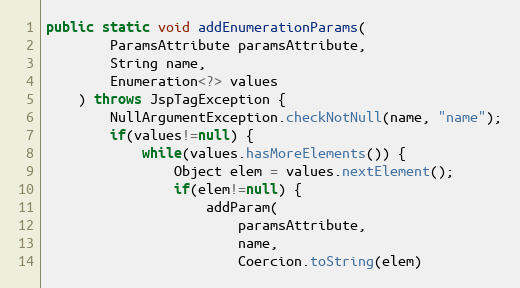
Language: Java
public static void addEnumerationParams(
		ParamsAttribute paramsAttribute,
		String name,
		Enumeration<?> values
	) throws JspTagException {
		NullArgumentException.checkNotNull(name, "name");
		if(values!=null) {
			while(values.hasMoreElements()) {
				Object elem = values.nextElement();
				if(elem!=null) {
					addParam(
						paramsAttribute,
						name,
						Coercion.toString(elem)